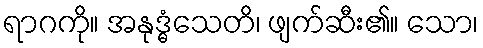
ရာဂကို။ အနုဒ္ဓံသေတိ၊ ဖျက်ဆီး၏။ သော၊